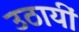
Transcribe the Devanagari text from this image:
उठायीं